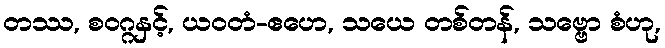
တဿ, စဝဂ္ဂနှင့်, ယဝတံ-ဧဟေ, သယေ တစ်တန်, သဗ္ဗော စံဟု,